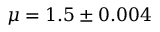
\mu = 1 . 5 \pm 0 . 0 0 4